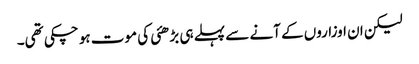
لیکن ان اوزاروں کے آنے سے پہلے ہی بڑھئی کی موت ہو چکی تھی۔